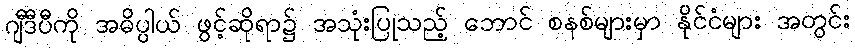
ဂျီဒီပီကို အဓိပ္ပါယ် ဖွင့်ဆိုရာ၌ အသုံးပြုသည့် ဘောင် စနစ်များမှာ နိုင်ငံများ အတွင်း